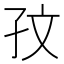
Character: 𪦹